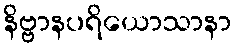
နိဗ္ဗာနပရိယောသာနာ